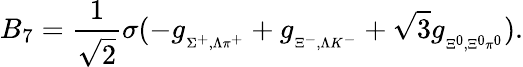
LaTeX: B_{7}=\frac{1}{\sqrt{2}}\sigma(-g_{{}_{\Sigma^{+},\Lambda\pi^{+}}}+g_{{}_{\Xi^{-},\Lambda K^{-}}}+\sqrt 3g_{{}_{\Xi^{0},\Xi^{0}\pi^{0}}}).